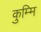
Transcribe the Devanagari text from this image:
कुम्मि